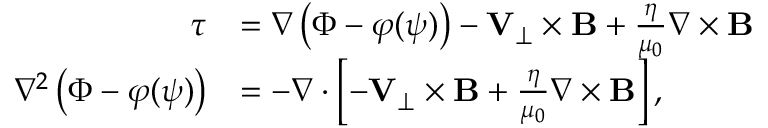
\begin{array} { r l } { \boldsymbol { \tau } } & { = \nabla \left( \Phi - \varphi ( \psi ) \right) - { \mathbf V } _ { \perp } \times { \mathbf B } + \frac { \eta } { \mu _ { 0 } } \nabla \times { \mathbf B } } \\ { \nabla ^ { 2 } \left( \Phi - \varphi ( \psi ) \right) } & { = - \nabla \cdot \left[ - { \mathbf V } _ { \perp } \times { \mathbf B } + \frac { \eta } { \mu _ { 0 } } \nabla \times { \mathbf B } \right] , } \end{array}